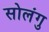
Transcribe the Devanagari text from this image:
सोलंगु